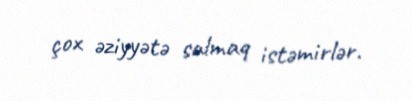
çox əziyyətə salmaq istəmirlər.